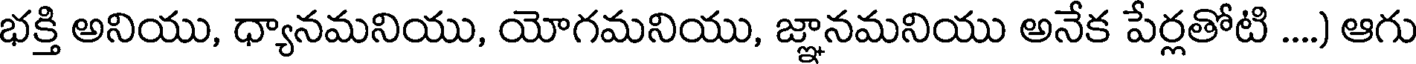
భక్తి అనియు, ధ్యానమనియు, యోగమనియు, జ్ఞానమనియు అనేక పేర్లతోటి ....) ఆగు